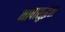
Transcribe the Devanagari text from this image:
भाषाशुद्धता